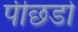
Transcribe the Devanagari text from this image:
पीछडो